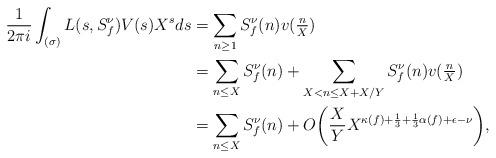
LaTeX: \begin{align*} \frac{1}{2\pi i} \int_{(\sigma)} L(s, S_f^\nu) V(s) X^s ds &= \sum_{n \geq 1} S_f^\nu(n) v(\tfrac{n}{X}) \\ &= \sum_{n \leq X} S_f^\nu(n) + \sum_{X < n \leq X + X/Y} S_f^\nu(n) v(\tfrac{n}{X}) \\ &= \sum_{n \leq X} S_f^\nu(n) + O\bigg( \frac{X}{Y} X^{\kappa(f) + \frac{1}{3} + \frac{1}{3}\alpha(f) + \epsilon - \nu}\bigg),\end{align*}